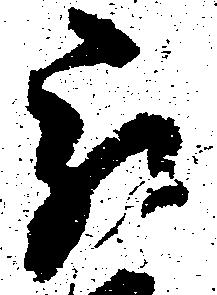
被